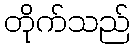
တိုက်သည်